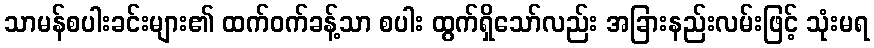
သာမန်စပါးခင်းများ၏ ထက်ဝက်ခန့်သာ စပါး ထွက်ရှိသော်လည်း အခြားနည်းလမ်းဖြင့် သုံးမရ